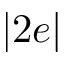
| 2 e |